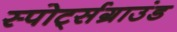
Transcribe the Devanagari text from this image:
स्पोर्ट्सग्राउंड